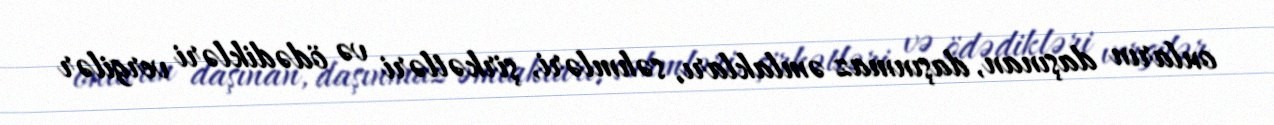
onların daşınan, daşınmaz əmlakları, səhmləri, şirkətləri və ödədikləri vergilər